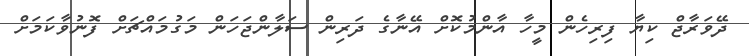
ދޭވަރާޖް ކިޔާ ފިރިހެން މީހާ އާންމުކޮށް އޭނާގެ ދަރިން ސަލާންޖަހަން މަގުމައްޗަށް ފޮނުވާކަމަށް